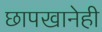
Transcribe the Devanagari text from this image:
छापखानेही